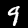
Label: 9